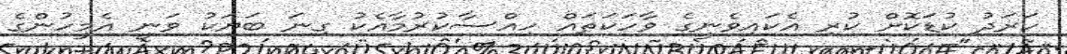
ހަރަދު ކުޑަކޮށް ކުރި އެކައިވެނީގެ ވާހަކަތައް ހިއްސާކުރުމާއެކު ގިނަ ބަޔަކު ވަނީ އެމީހުންގެ